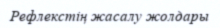
Рефлекстің жасалу жолдары